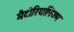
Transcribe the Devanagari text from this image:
मैटोरियलिज्म